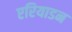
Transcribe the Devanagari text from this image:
एरियाडन